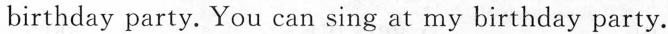
birthday party. You can sing at my birthday party.